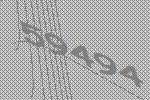
59494